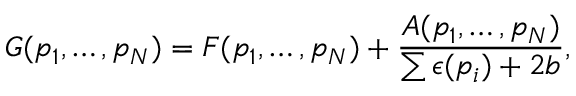
G ( p _ { 1 } , \ldots , p _ { N } ) = F ( p _ { 1 } , \ldots , p _ { N } ) + { \frac { A ( p _ { 1 } , \ldots , p _ { N } ) } { \sum \epsilon ( p _ { i } ) + 2 b } } ,